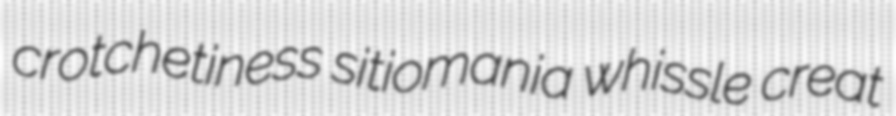
crotchetiness sitiomania whissle creat